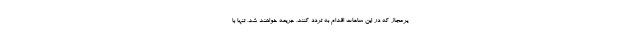
یرمجاز که در این ساعات اقدام به تردد کنند، جریمه خواهند شد، تنها با